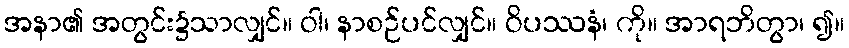
အနာ၏ အတွင်း၌သာလျှင်။ ဝါ၊ နာစဉ်ပင်လျှင်။ ဝိပဿနံ၊ ကို။ အာရဘိတွာ၊ ၍။